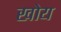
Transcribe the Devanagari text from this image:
खोय